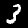
Label: 3